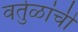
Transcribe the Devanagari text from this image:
वर्तुळांची